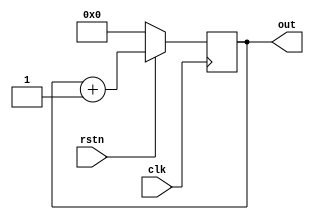
/*  Digital Counter used in PE_control
    to change the address of ifmap spad
    after all the filters(p) have processed
    over the ifmap value at that address
    It has a negative reset
*/

module counter4p (  clk,
                    rstn,              // clock to see the 4p time to change the address of the ifmap
                    out);

  // This always block will be triggered at the falling edge of clk (0->1)
  // Once inside this block, it checks if the reset is 0, if yes then change out to zero
  // If reset is 1, then design should be allowed to count up, so increment counter

  output reg[6:0] out = 7'b0000000;
  input clk;
  input rstn;
  always @ (negedge clk) begin
    if (! rstn)
      out <= 0;
    else
      out <= out + 1;
  end
endmodule